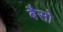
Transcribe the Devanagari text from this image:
बैसो